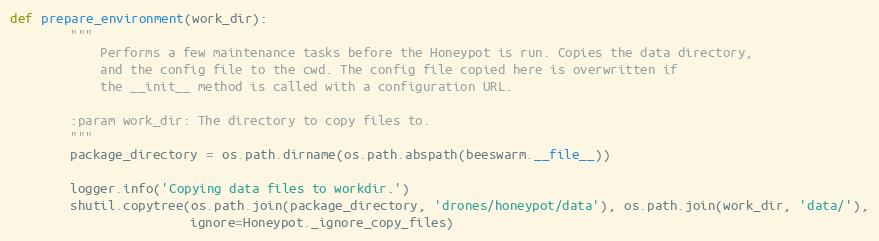
Language: Python
def prepare_environment(work_dir):
        """
            Performs a few maintenance tasks before the Honeypot is run. Copies the data directory,
            and the config file to the cwd. The config file copied here is overwritten if
            the __init__ method is called with a configuration URL.

        :param work_dir: The directory to copy files to.
        """
        package_directory = os.path.dirname(os.path.abspath(beeswarm.__file__))

        logger.info('Copying data files to workdir.')
        shutil.copytree(os.path.join(package_directory, 'drones/honeypot/data'), os.path.join(work_dir, 'data/'),
                        ignore=Honeypot._ignore_copy_files)